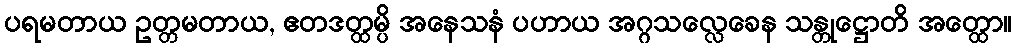
ပရမတာယ ဥတ္တမတာယ, ဧတဒတ္ထမ္ပိ အနေသနံ ပဟာယ အဂ္ဂသလ္လေခေန သန္တုဋ္ဌောတိ အတ္ထော။